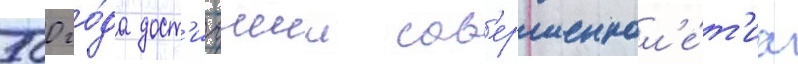
500 го́да дост'игшии сов'ершеннол'е́т'иа